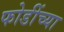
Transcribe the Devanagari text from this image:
फोडींच्या